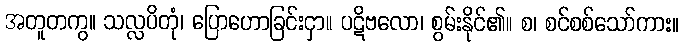
အတူတကွ။ သလ္လပိတုံ၊ ပြောဟောခြင်းငှာ။ ပဋိဗလော၊ စွမ်းနိုင်၏။ စ၊ စင်စစ်သော်ကား။